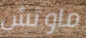
ماوتش